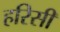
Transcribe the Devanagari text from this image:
हरिसी